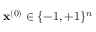
\mathbf { x } ^ { ( 0 ) } \in \{ - 1 , + 1 \} ^ { n }